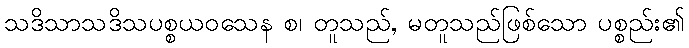
သဒိသာသဒိသပစ္စယဝသေန စ၊ တူသည်, မတူသည်ဖြစ်သော ပစ္စည်း၏